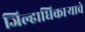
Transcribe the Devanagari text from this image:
जिल्हाधिकाऱ्याचे